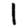
Digit: 1